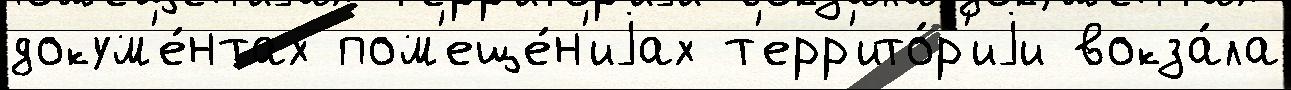
докум'е́нтах пом'еще́н'иjах т'ерр'ито́р'иjи вокза́ла